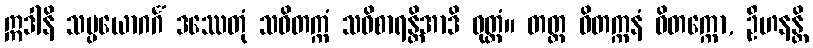
ဣဒါနိ သမ္ပယောဂင်္ဂံ ဒဿေတုံ သဝိတက္ကံ သဝိစာရန္တိအာဒိ ဝုတ္တံ။ တတ္ထ ဝိတက္ကနံ ဝိတက္ကော, ဦဟနန္တိ